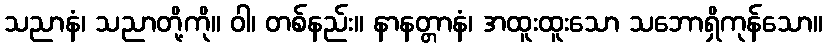
သညာနံ၊ သညာတို့ကို။ ဝါ၊ တစ်နည်း။ နာနတ္တာနံ၊ အထူးထူးသော သဘောရှိကုန်သော။